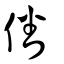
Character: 僠